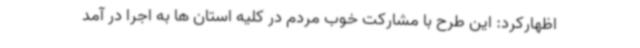
اظهارکرد: این طرح با مشارکت خوب مردم در کلیه استان ها به اجرا در آمد